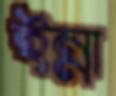
ইন্না